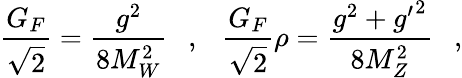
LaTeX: \frac{G_{F}}{\sqrt{2}}=\frac{g^{2}}{8M_{W}^{2}}~~~,~~~\frac{G_{F}}{\sqrt{2}}\rho=\frac{g^{2}+{g^{\prime}}^{2}}{8M_{Z}^{2}}~~~,